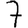
Digit: 7